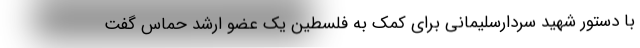
با دستور شهید سردارسلیمانی برای کمک به فلسطین یک عضو ارشد حماس گفت